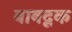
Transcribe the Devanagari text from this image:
बाबदूक